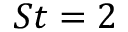
S t = 2